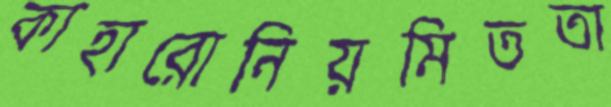
কাহারোনিয়মিততা